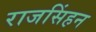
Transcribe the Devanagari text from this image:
राजसिंहन